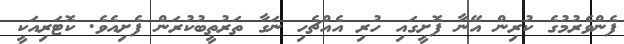
ފެންވެރުމުގެ ކުރިން އޭނާ ފޮށީގައި ހުރި އެއްޗެހި ނަގާ ތަރުތީބުކުރަން ފެށިއެވެ. ކޮޓަރިއަކީ